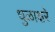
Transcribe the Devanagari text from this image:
धुळाक्षरे